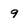
Character: 9